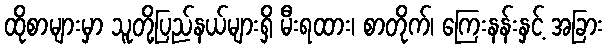
ထိုစာများမှာ သူတို့ပြည်နယ်များရှိ မီးရထား၊ စာတိုက်၊ ကြေးနန်းနှင့် အခြား